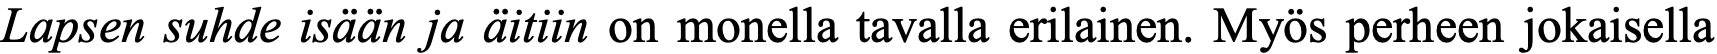
Lapsen suhde isään ja äitiin on monella tavalla erilainen. Myös perheen jokaisella